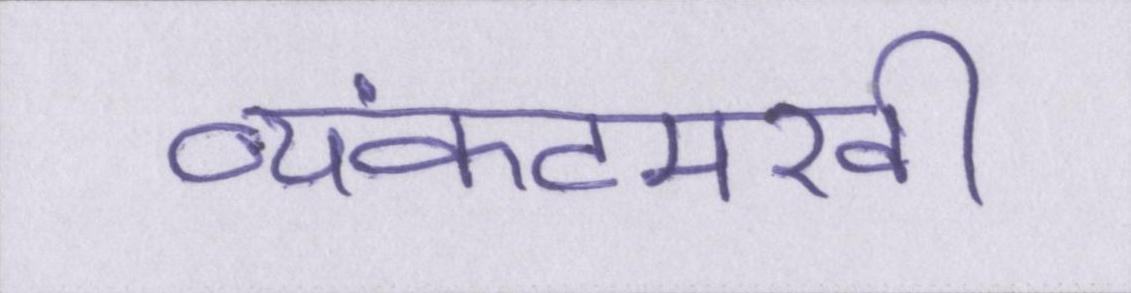
व्यंकटमखी